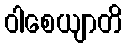
ဝါစေယျာတိ